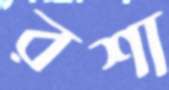
রশা